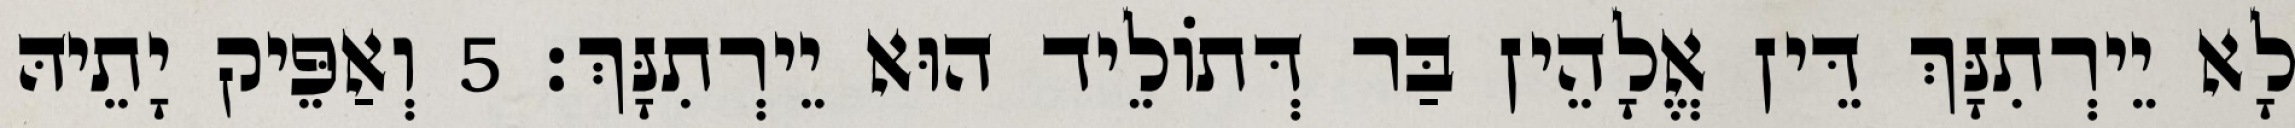
לָא יֵירְתִנָּךְ דֵּין אֱלָהֵין בַּר דְּתוֹלֵיד הוּא יֵירְתִנָּךְ׃ 5 וְאַפֵּיק יָתֵיהּ